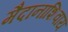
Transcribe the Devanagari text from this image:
मैदानाशिवाय